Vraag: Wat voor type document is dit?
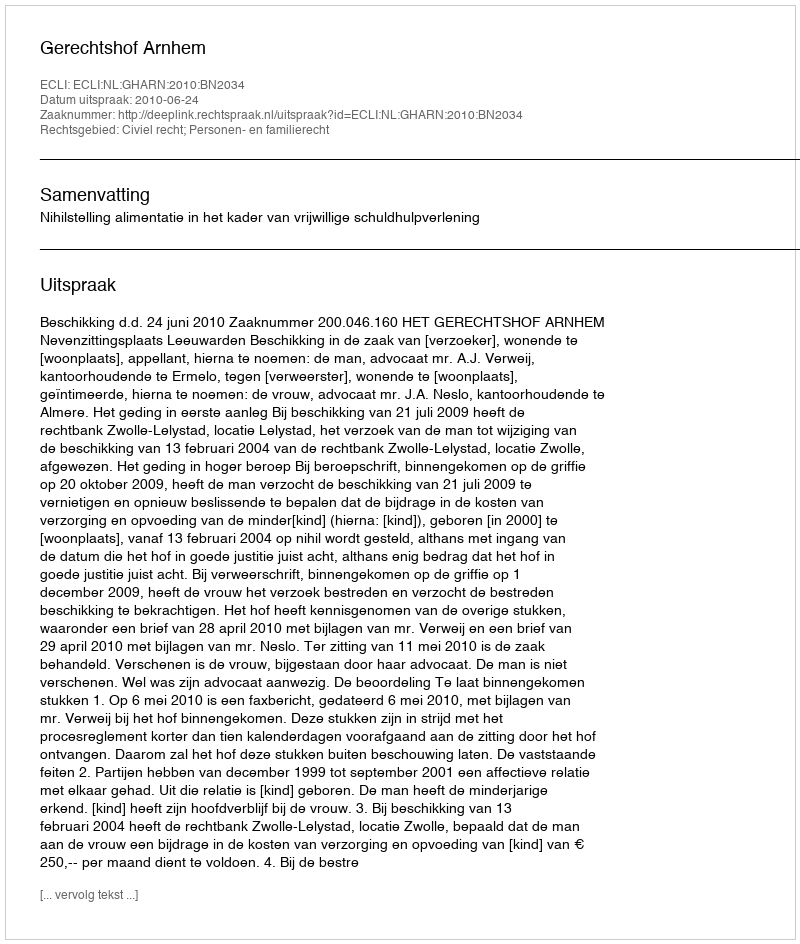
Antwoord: Uitspraak